Sketch of the medical history of the native army of Bombay, for the year
Year: 1870
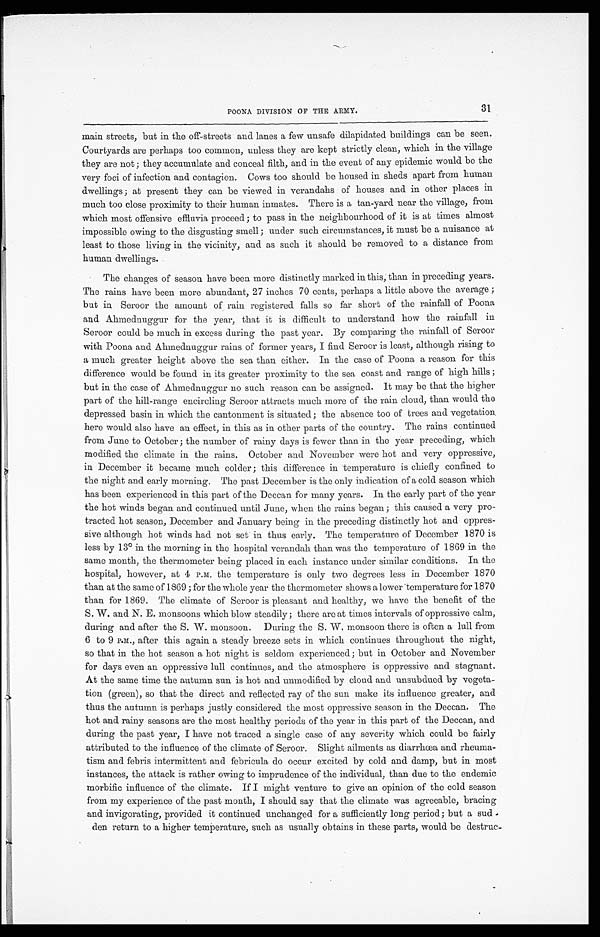
POONA DIVISION OF THE ARMY.
31
main streets, but in the off-streets and lanes a few unsafe dilapidated buildings can be seen.
Courtyards are perhaps too common, unless they are kept strictly clean, which in the village
they are not ; they accumulate and conceal filth, and in the event of any epidemic would be the
very foci of infection and contagion. Cows too should be housed in sheds apart from human
dwellings ; at present they can be viewed in verandahs of houses and in other places in
much too close proximity to their human inmates. There is a tan-yard near the village, from
which most offensive effluvia proceed; to pass in the neighbourhood of it is at times almost
impossible owing to the disgusting smell; under such circumstances, it must be a nuisance at
least to those living in the vicinity, and as such it should be removed to a distance from
human dwellings.
The changes of season have been more distinctly marked in this; than in preceding years.
The rains have been more abundant, 27 inches 70 cents, perhaps a little above the average ;
but in Seroor the amount of rain registered falls so far short of the rainfall of Poona
and Ahmednuggur for the year, that it is difficult to understand how the rainfall in
Seroor could be much in excess during the past year. By comparing the rainfall of Seroor
with Poona and Ahmednuggur rains of former years, I find Seroor is least, although rising to
a much greater height above the sea than either. In the case of Poona a reason for this
difference would be found in its greater proximity to the sea coast and range of high hills ;
but in the case of Ahmednuggur no such reason can be assigned. It may be that the higher
part of the hill-range encircling Seroor attracts much more of the rain cloud, than would the
depressed basin in which the cantonment is situated ; the absence too of trees and vegetation
here would also have an effect, in this as in other parts of the country. The rains continued
from June to October ; the number of rainy days is fewer than in the year preceding, which
modified the climate in the rains. October and November were hot and very oppressive,
in December it became much colder; this difference in temperature is chiefly confined to
the night and early morning. The past December is the only indication of a cold season which.
has been experienced in this part of the Deccan for many years. In the early part of the year
the hot winds began and continued until June, when the rains began; this caused a very pro
-tracted hot season, December and January being in the preceding distinctly hot and oppres
-sive although hot winds had not set in thus early. The temperature of December 1870 is
less by 13º in the morning in the hospital verandah than was the temperature of 1869 in the
same month, the thermometer being placed in each instance under similar conditions. In the
hospital, however, at 4 P.M, the temperature is only two degrees less in December 1870
than at the same of 1869 ; for the whole year the thermometer shows a lower temperature for 1870
than for 1869. The climate of Seroor is pleasant and healthy, we have the benefit of the
S. W. and N. E. monsoons which blow steadily; there are at times intervals of oppressive calm,
during and after the S. W. monsoon. During the S. W. monsoon there is often a lull from
6 to 9 P.M., after this again a steady breeze sets in which continues throughout the night,
so that in the hot season a hot night is seldom experienced; but in October and November
for days even an oppressive lull continues, and the atmosphere is oppressive and stagnant.
At the same time the autumn sun is hot and unmodified by cloud and unsubdued by vegeta
-tion (green), so that the direct and reflected ray of the sun make its influence greater, and
thus the autumn is perhaps justly considered the most oppressive season in the Deccan. The
hot and rainy seasons are the most healthy periods of the year in this part of the Deccan, and
during the past year, I have not traced a single case of any severity which could be fairly
attributed to the influence of the climate of Seroor. Slight ailments as diarrhœa and rheuma
-tism and febris intermittent and febricula do occur excited by cold and damp, but in most
instances, the attack is rather owing to imprudence of the individual, than due to the endemic
morbific influence of the climate. If I might venture to give an opinion of the cold season
from my experience of the past month, I should say that the climate was agreeable, bracing
and invigorating, provided it continued unchanged for a sufficiently long period; but a sud
-den return to a higher temperature, such as usually obtains in these parts, would be destruc-